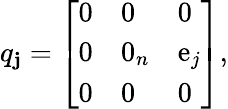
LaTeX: q_{\mathbf{j}}={\left[\begin{array}{lll}{0}&{0}&{0}\\ {0}&{0_{n}}&{\operatorname{e}_{j}}\\ {0}&{0}&{0}\end{array}\right]},